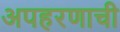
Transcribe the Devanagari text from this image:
अपहरणाची